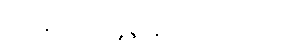
ယနေ့အထိ ပျံ့နှံ့နေပါတော့တယ်။